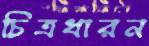
চিত্রধারন